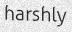
harshly